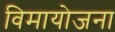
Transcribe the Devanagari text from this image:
विमायोजना